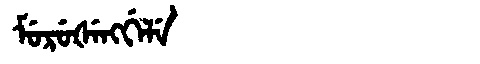
Manchu: ᠮᡠᡵᡠᡧᡝᠩᡤᡝᠯᡝ
Romanization: MURUŠENGGELE